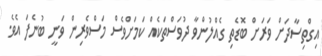
އިގްތިސާދަށް ވަރަށް ބޮޑެތި ގެއްލުންވާ ދުވަސްތަކެއް ކަމަށްވެސް މަސްވެރިން ވަނީ ބުނެފަ އެވެ.